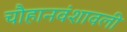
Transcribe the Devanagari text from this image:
चौहानवंशावली